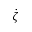
\dot { \zeta }